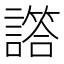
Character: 譗